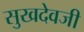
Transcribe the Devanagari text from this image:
सुखदेवजी